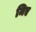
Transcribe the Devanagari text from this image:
मिए